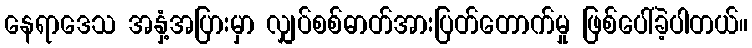
နေရာဒေသ အနှံ့အပြားမှာ လျှပ်စစ်ဓာတ်အားပြတ်တောက်မှု ဖြစ်ပေါ်ခဲ့ပါတယ်။